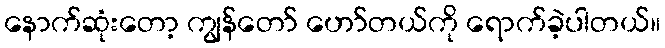
နောက်ဆုံးတော့ ကျွန်တော် ဟော်တယ်ကို ရောက်ခဲ့ပါတယ်။